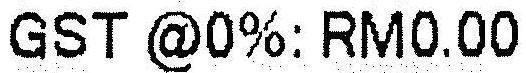
GST @0%: RM0.00